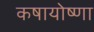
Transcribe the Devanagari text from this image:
कषायोष्णा